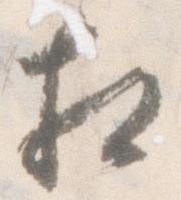
相